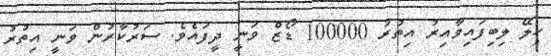
ހިލޭ ލިިބިފައިވާއިރު އިތުރު 100000 ޑޯޒް ވަނީ ދީފައެވެ. ސަރުކާރުން ވަނީ އިތުރު